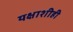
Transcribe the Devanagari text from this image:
यक्षाशीही